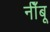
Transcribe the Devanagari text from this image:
नीँबू